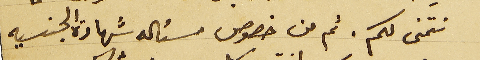
نتمنى لكم. ثم من خصوص مسئله شهادة الجنسيه